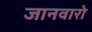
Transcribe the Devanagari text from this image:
जानवारो